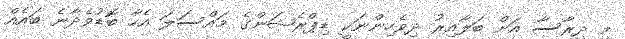
މި ދިރާސާ އަށް ބަލާއިރު ދިވެހިންނަކީ ޑިޕްރެޝަންގެ މައްސަލަ އެހާ ބޮޑުވެދާނެ ބައެއް